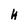
Character: H